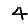
Digit: 4